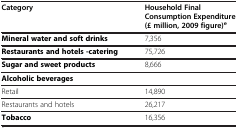
| Category | Household Final Consumption Expenditure (£ million, 2009 figure)e |
 | --- | --- |
 | Mineral water and soft drinks | 7,356 |
 | Restaurants and hotels -catering | 75,726 |
 | Sugar and sweet products | 8,666 |
 | Alcoholic beverages |  |
 | Retail | 14,890 |
 | Restaurants and hotels | 26,217 |
 | Tobacco | 16,356 |